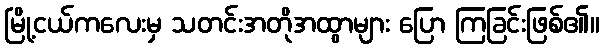
မြို့ငယ်ကလေးမှ သတင်းအတိုအထွာများ ပြော ကြခြင်းဖြစ်၏။